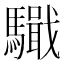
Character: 𩦤